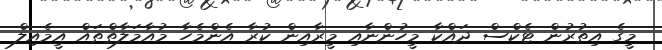
މީގެ އިތުރުން ޓެކްސް ދައްކާ މީހުންނާއި މީރާއިން ކުރާ އެންމެހާ މުއާމަލާތްތައް އީމެއިލް